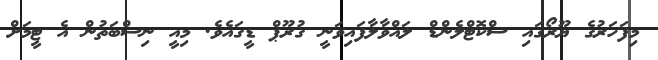
މިފަހަރުގެ ޔޫރޯގައި ސްކޮޓްލެންޑް ލައްވާލާފައިވަނީ ގުރޫޕް ޑީގައެވެ. މިއީ ނިސްބަތުން އެ ޓީމަށް